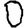
Digit: 0